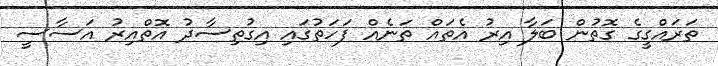
ތަރައްގީގެ ގޮތުން ބަލާ އިރު އެތައް ތަނެއް ފަހަތުގައި އިގުތިސާދު އޮތްއިރު އަސާސީ